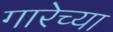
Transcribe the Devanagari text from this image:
गारेच्या